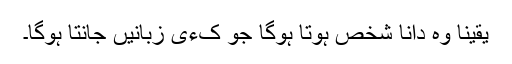
یقینا وہ دانا شخص ہوتا ہوگا جو کءی زبانیں جانتا ہوگا۔